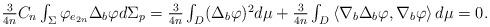
LaTeX: \begin{align*}\begin{array}{c}\frac{3}{4n}C_{n}\int_{\Sigma }\varphi _{e_{2n}}\Delta _{b}\varphi d\Sigma_{p}=\frac{3}{4n}\int_{D}(\Delta _{b}\varphi )^{2}d\mu +\frac{3}{4n}\int_{D}\left \langle \nabla _{b}\Delta _{b}\varphi ,\nabla _{b}\varphi\right \rangle d\mu =0.\end{array}\end{align*}